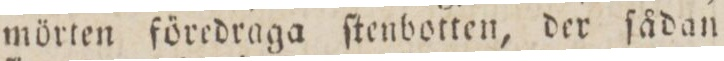
mörten föredraga ſtenbotten, der ſådan